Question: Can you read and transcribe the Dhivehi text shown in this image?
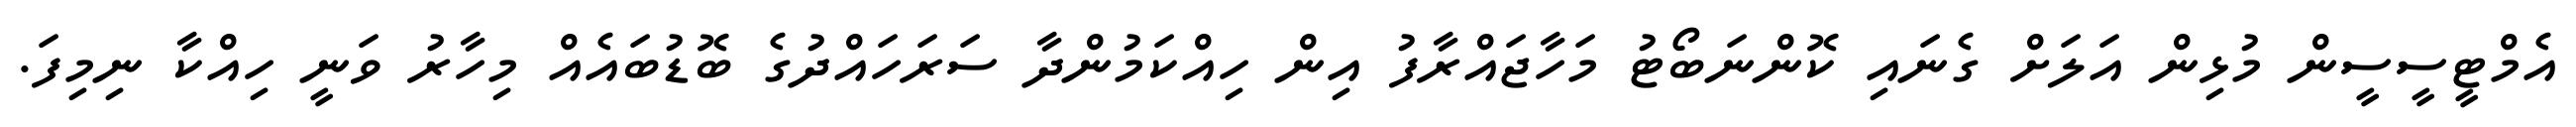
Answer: އެމްޓީސީސީން މުޅިން އަލަށް ގެނައި ކޮންނަބޯޓު މަހާޖައްރާފު އިން ހިއްކަމުންދާ ސަރަހައްދުގެ ބޮޑުބައެއް މިހާރު ވަނީ ހިއްކާ ނިމިފަ.